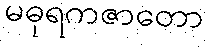
မဓုရကဇာတော